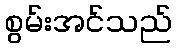
စွမ်းအင်သည်